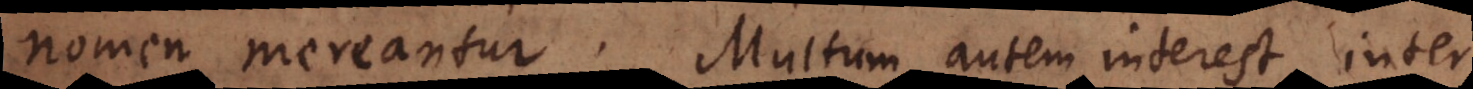
nomen mereantur.Multum autem interest inter